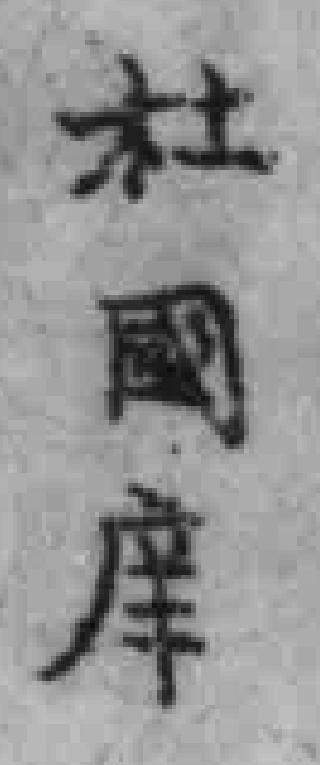
杜國庠